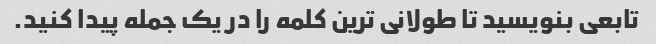
تابعی بنویسید تا طولانی ترین کلمه را در یک جمله پیدا کنید.